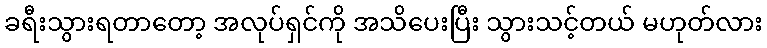
ခရီးသွားရတာတော့ အလုပ်ရှင်ကို အသိပေးပြီး သွားသင့်တယ် မဟုတ်လား